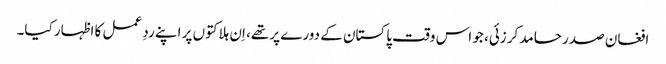
افغان صدر حامد کرزئی، جو اس وقت پاکستان کے دورے پر تھے، اِن ہلاکتوں پر اپنے ردِ عمل کا اظہار کیا۔